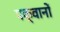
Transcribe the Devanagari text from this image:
पक्वानों